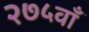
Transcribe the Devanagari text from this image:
२७५वाँ